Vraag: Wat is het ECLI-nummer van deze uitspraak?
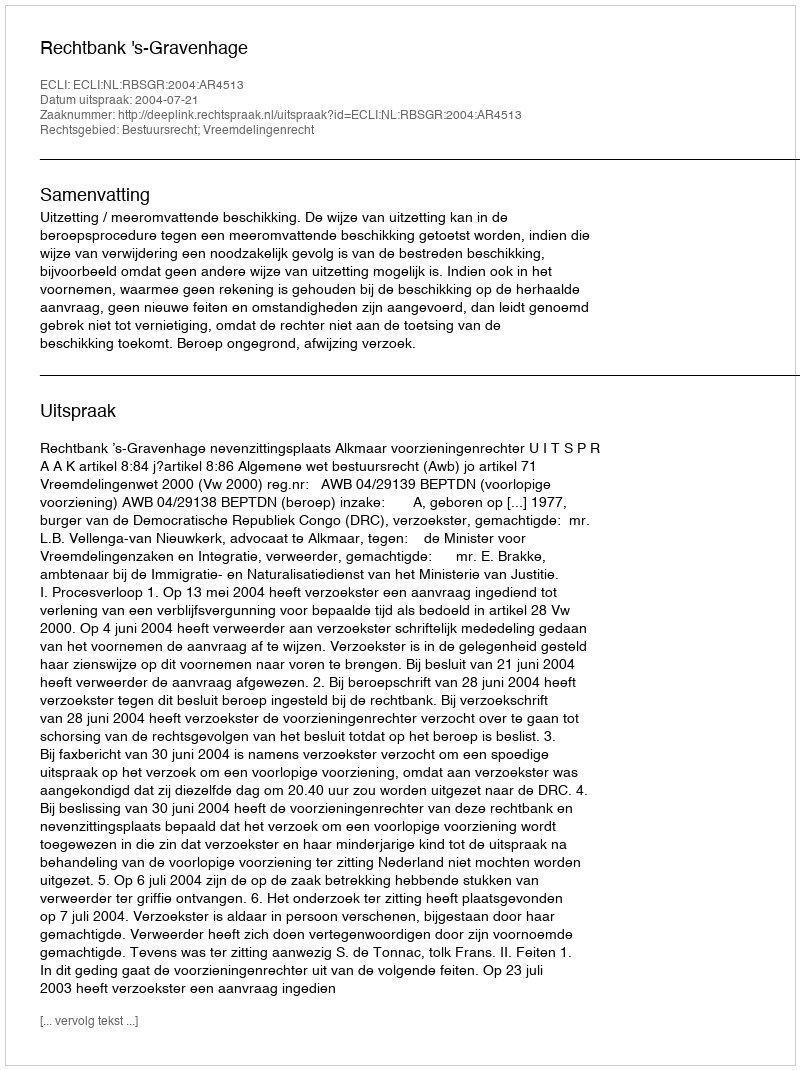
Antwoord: ECLI:NL:RBSGR:2004:AR4513